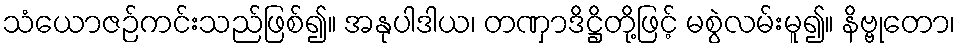
သံယောဇဉ်ကင်းသည်ဖြစ်၍။ အနုပါဒါယ၊ တဏှာဒိဋ္ဌိတို့ဖြင့် မစွဲလမ်းမူ၍။ နိဗ္ဗုတော၊